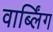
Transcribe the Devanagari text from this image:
वार्ब्लिंग